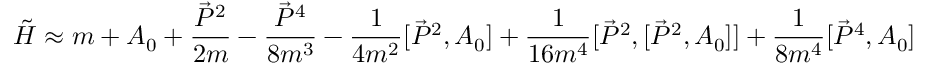
\tilde { H } \approx m + A _ { 0 } + \frac { \vec { P } ^ { 2 } } { 2 m } - \frac { \vec { P } ^ { 4 } } { 8 m ^ { 3 } } - \frac { 1 } { 4 m ^ { 2 } } [ \vec { P } ^ { 2 } , A _ { 0 } ] + \frac { 1 } { 1 6 m ^ { 4 } } [ \vec { P } ^ { 2 } , [ \vec { P } ^ { 2 } , A _ { 0 } ] ] + \frac { 1 } { 8 m ^ { 4 } } [ \vec { P } ^ { 4 } , A _ { 0 } ]